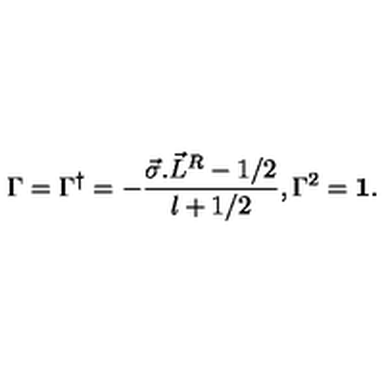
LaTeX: \Gamma = \Gamma ^ { \dagger } = - \frac { \vec { \sigma } . { \vec { L } } ^ { R } - 1 / 2 } { l + 1 / 2 } , \Gamma ^ { 2 } = { \bf 1 } .